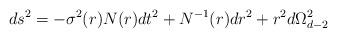
LaTeX: \begin{align*}ds^2=-\sigma^2(r)N(r)dt^2+N^{-1}(r)dr^2+r^2 d\Omega_{d-2}^2\end{align*}